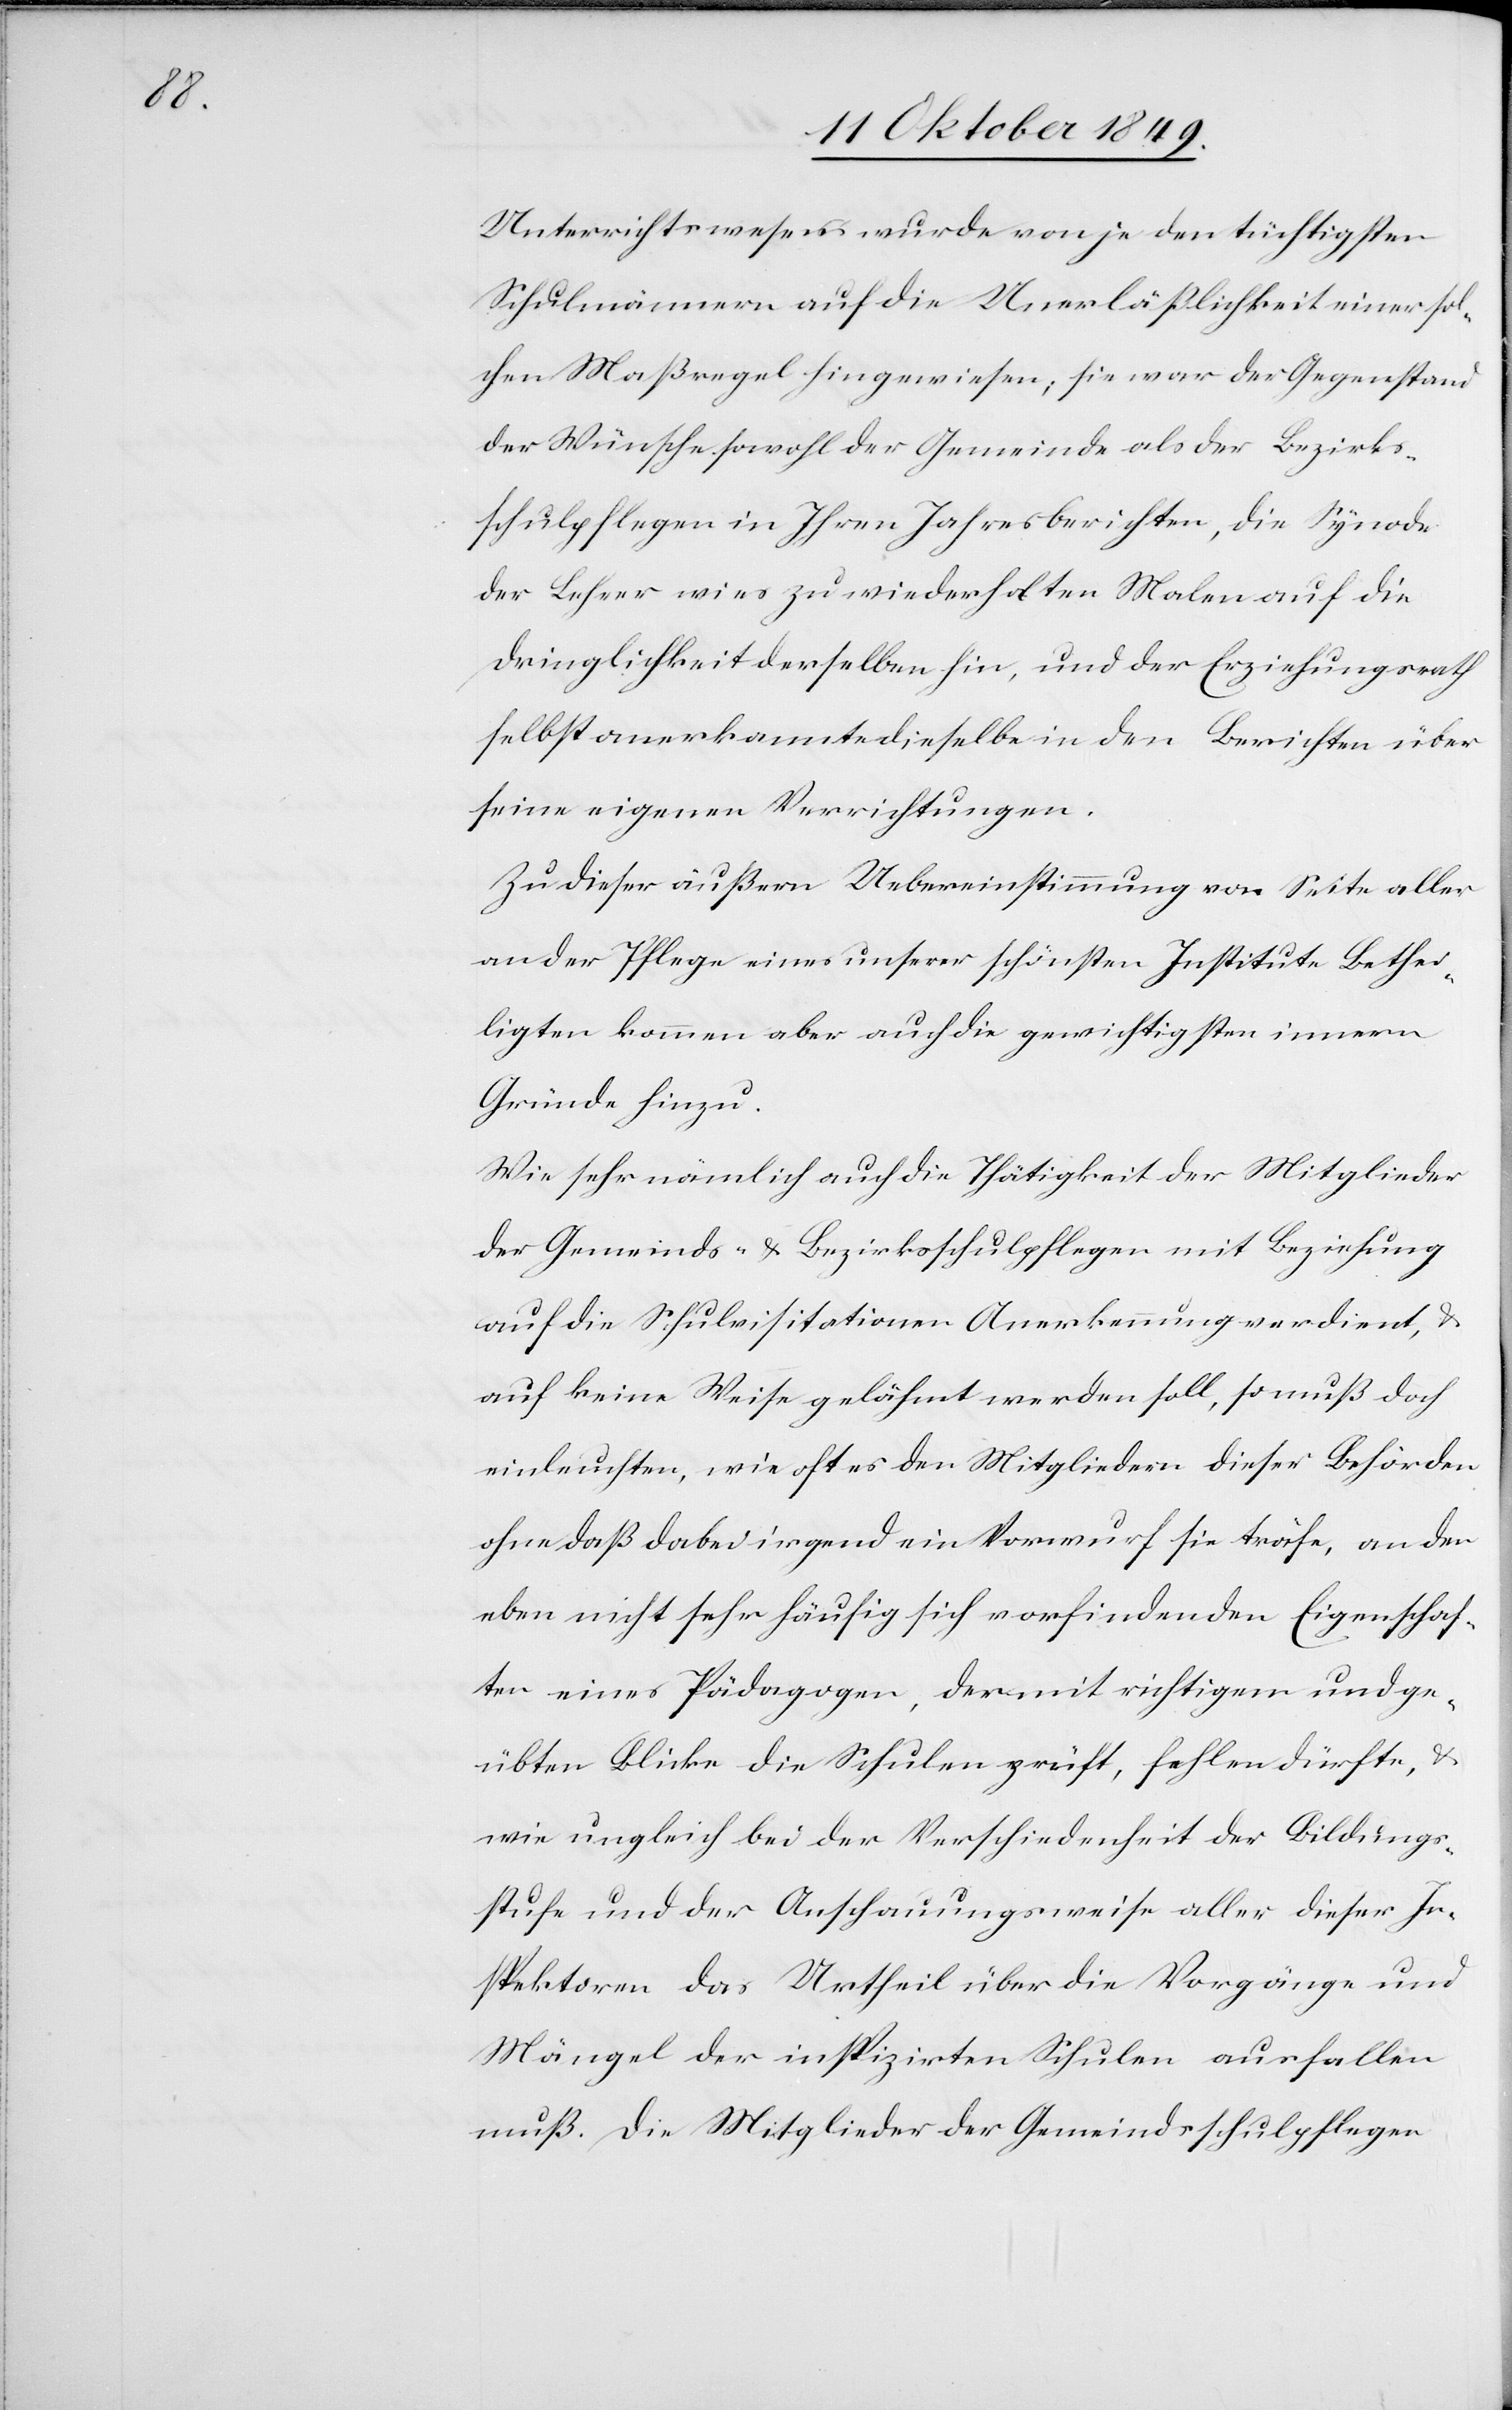
Unterrichtswesens wurde von je den tüchtigsten
Schulmännern auf die Unverläßlichkeit einer sol¬
chen Maßregel hingewiesen, sie war der Gegenstand
der Wünsche sowohl der Gemeinde als der Bezirks¬
schulpflegen in Ihren Jahresberichten, die Synode
der Lehrer wies zu wiederholten Malen auf die
Dringlichkeit derselben hin, und der Erziehungsrath
selbst anerkannte dieselbe in den Berichten über
seine eigenen Verrichtungen.
Zu dieser äußern Uebereinstimmung von Seite aller
an der Pflege eines unserer schönsten Institute Bethei¬
ligten kommen aber auch die gewichtigsten Innern
Gründe hinzu.
Wie sehr nämlich auch die Thätigkeit der Mitglieder
der Gemeinds- u. Bezirksschulpflegen mit Beziehung
auf die Schulvisitationen Anerkennung verdient, u.
auf keine Weise gelähmt werden soll, so muß doch
einleuchten, wie oft es den Mitgliedern dieser Behörden
ohne daß dabei irgend ein Vorwurf sie träfe, an den
eben nicht sehr häufig sich vorfindenden Eigenschaf¬
ten eines Pädagogen, der mit richtigen und ge¬
übten Blicke [sic!] die Schulen prüft, fehlen dürfte, u.
wie ungleich bei der Verschiedenheit der Bildungs¬
stufe und der Anschauungsweise aller dieser In¬
spektoren das Urtheil über die Vorgänge und
Mängel der inspizirten Schulen ausfallen
muß. Die Mitglieder der Gemeindsschulpflegen